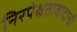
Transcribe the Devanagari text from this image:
निरपेक्षतावादाची